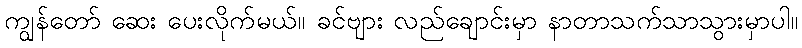
ကျွန်တော် ဆေး ပေးလိုက်မယ်။ ခင်ဗျား လည်ချောင်းမှာ နာတာသက်သာသွားမှာပါ။